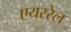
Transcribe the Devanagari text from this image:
एयररेल